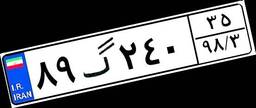
۵۵گ۶۷۹۴۱